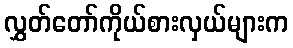
လွှတ်တော်ကိုယ်စားလှယ်များက